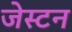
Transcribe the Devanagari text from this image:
जेस्टन